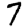
Digit: 7